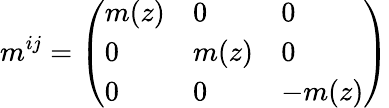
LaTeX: m^{ij}=\left(\begin{array}{lll}{m(z)}&{0}&{0}\\ {0}&{m(z)}&{0}\\ {0}&{0}&{-m(z)}\end{array}\right)